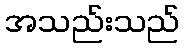
အသည်းသည်